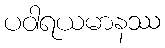
ပဝါရယမာနဿ